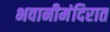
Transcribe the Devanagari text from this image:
भवानीमंदिरात